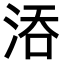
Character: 𣵞